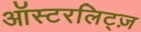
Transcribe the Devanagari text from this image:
ऑस्टरलिट्ज़